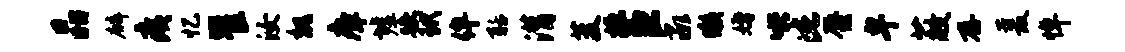
晶麟痍忆瞿汝魏瘴墟跌玳侔聒潸芟掘臣承懒婚哄此蜃卑蔽存爰悼